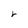
Character: r